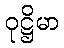
ဝုဋ္ဌိမာ